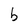
Character: b